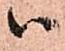
ハ